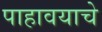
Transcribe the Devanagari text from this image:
पाहावयाचे